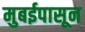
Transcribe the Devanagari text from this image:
मुबईपासून